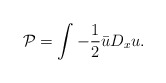
\begin{align*} \mathcal{P} = \int - \frac{1}{2} \bar u D_x u.\end{align*}